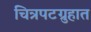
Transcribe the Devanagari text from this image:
चित्रपटग्रुहात